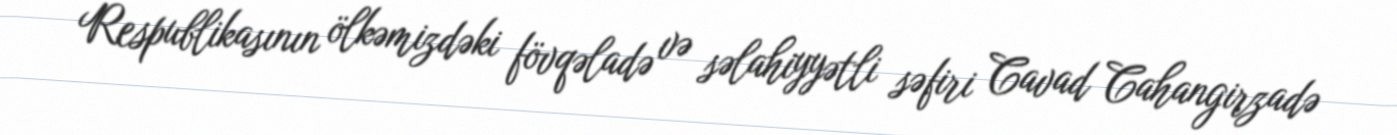
Respublikasının ölkəmizdəki fövqəladə və səlahiyyətli səfiri Cavad Cahangirzadə